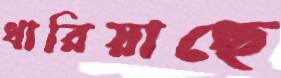
ধারিয়াছে